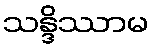
သန္ဒိဿာမ